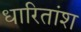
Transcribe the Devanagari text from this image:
धारितांश